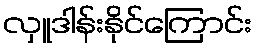
လှူဒါန်းနိုင်ကြောင်း